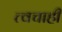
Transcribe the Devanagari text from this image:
त्वचाही